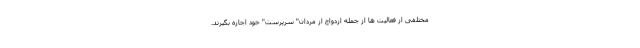
مختلفی از فعالیت ها از جمله ازدواج از مردان" سرپرست" خود اجازه بگیرند.